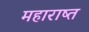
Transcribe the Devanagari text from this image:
महाराष्त